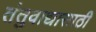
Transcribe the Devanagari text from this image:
तंतुवाद्यासाठी